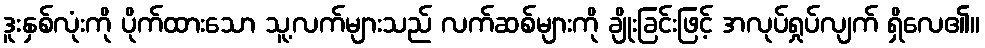
ဒူးနှစ်လုံးကို ပိုက်ထားသော သူ့လက်များသည် လက်ဆစ်များကို ချိုးခြင်းဖြင့် အလုပ်ရှုပ်လျက် ရှိလေ၏။